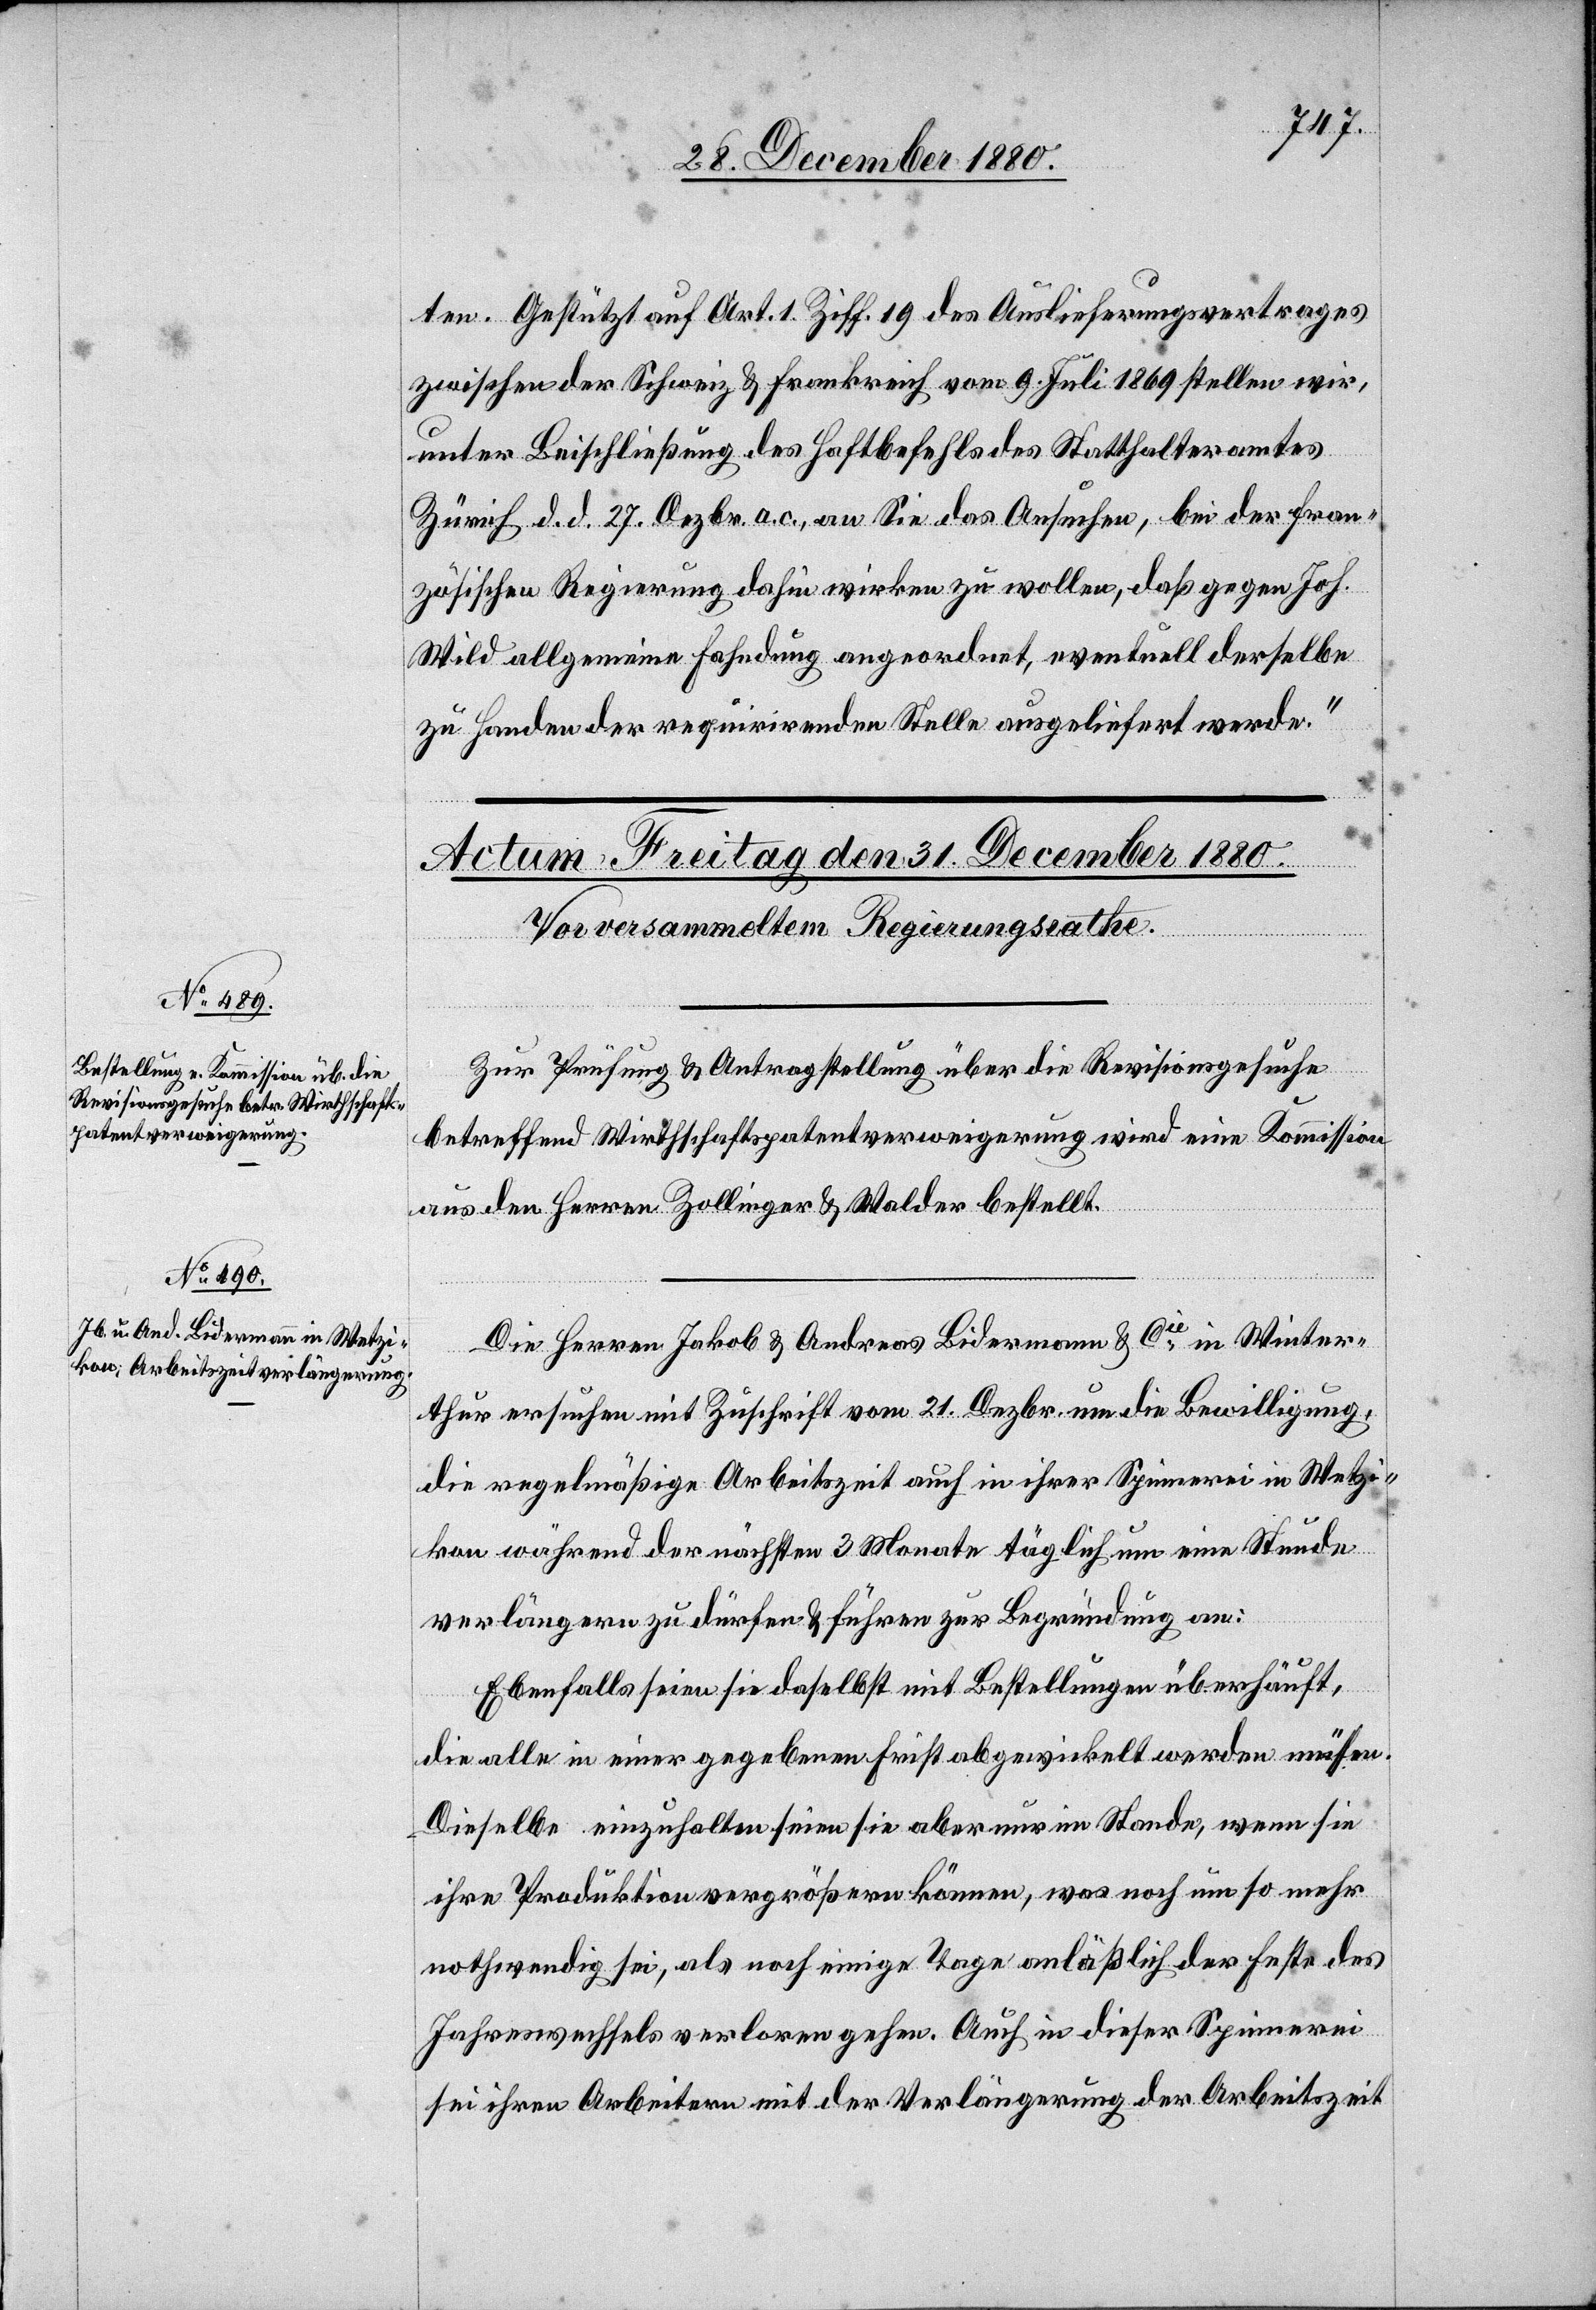
ten. Gestützt auf Art. 1 Ziff. 19 des Auslieferungsvertrages
zwischen der Schweiz & Frankreich vom 9. Juli 1869 stellen wir,
unter Beischließung des Haftbefehls des Statthalteramtes
Zürich d. d. 27. Dezbr. a. c., an Sie das Ansuchen, bei der fran¬
zösischen Regierung dahin wirken zu wollen, daß gegen Joh.
Wild allgemeine Fahndung angeordnet, eventuell derselbe
zu Handen der regierenden Stelle ausgeliefert werde.“
Zur Prüfung & Antragstellung über die Revisionsgesuche
betreffend Wirthschaftspatentverweigerung wird eine Kommission
aus den Herren Zollinger & Walder bestellt.
Die Herren Jakob & Andreas Bidermann & Cie in Winter¬
thur ersuchen mit Zuschrift vom 21. Dezbr. um die Bewilligung,
die regelmäßige Arbeitszeit auch in ihrer Spinnerei in Wetzi¬
kon während der nächsten 3 Monate täglich um eine Stunde
verlängern zu dürfen & führen zur Begründung an:
Ebenfalls seien sie daselbst mit Bestellungen überhäuft,
die alle in einer gegebenen Frist abgewickelt werden müssen.
Dieselbe einzuhalten seien sie aber nur im Stande, wenn sie
ihre Produktion vergrößern können, was noch um so mehr
nothwendig sei, als noch einige Tage anläßlich der Feste des
Jahreswechsels verloren gehen. Auch in dieser Spinnerei
sei ihren Arbeitern mit der Verlängerung der Arbeitszeit